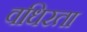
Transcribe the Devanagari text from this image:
वधिरता